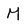
Character: M